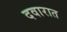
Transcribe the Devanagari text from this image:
दवारात